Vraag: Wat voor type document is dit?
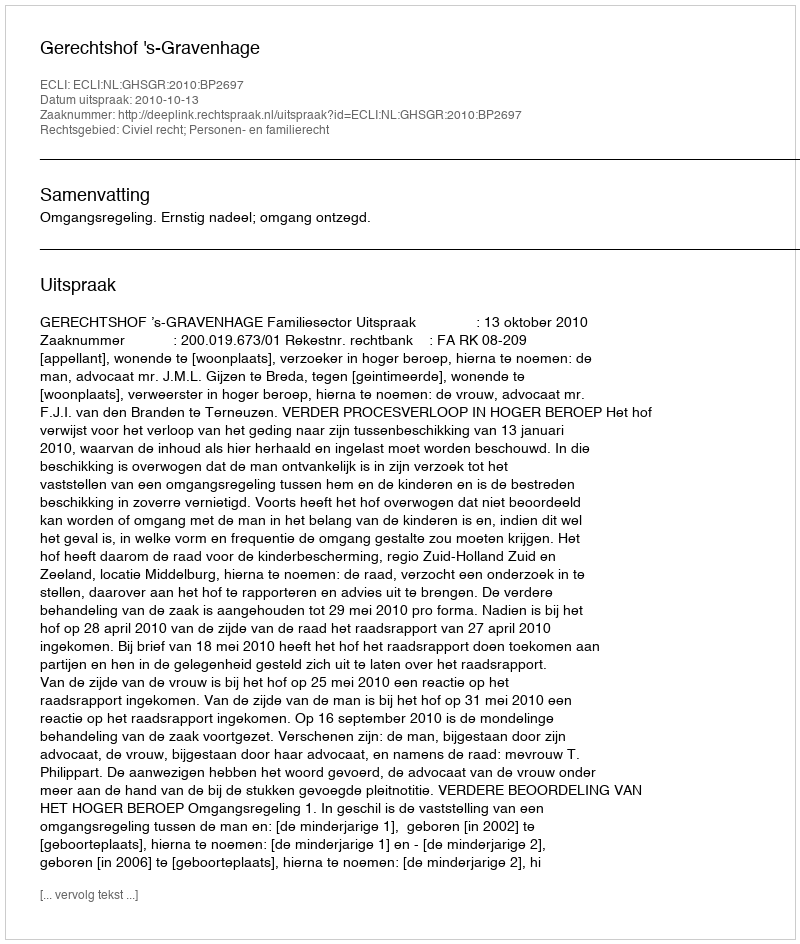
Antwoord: Uitspraak